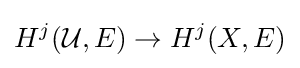
H^{j}({\mathcal {U}},E)\to H^{j}(X,E)